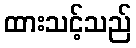
ထားသင့်သည်